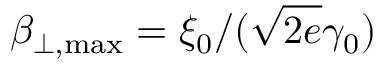
\beta _ { \perp , \operatorname* { m a x } } = \xi _ { 0 } / ( \sqrt { 2 e } \gamma _ { 0 } )